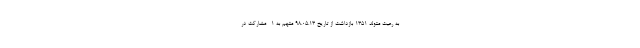
به رعیت متولد ۱۳۵۱ بازداشت از تاریخ ۹۸.۰۵.۱۳ متهم به ۱- مشارکت در